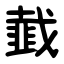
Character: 韯